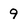
Character: 9